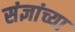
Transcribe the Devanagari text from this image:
संज्ञांच्या